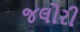
જલોરી